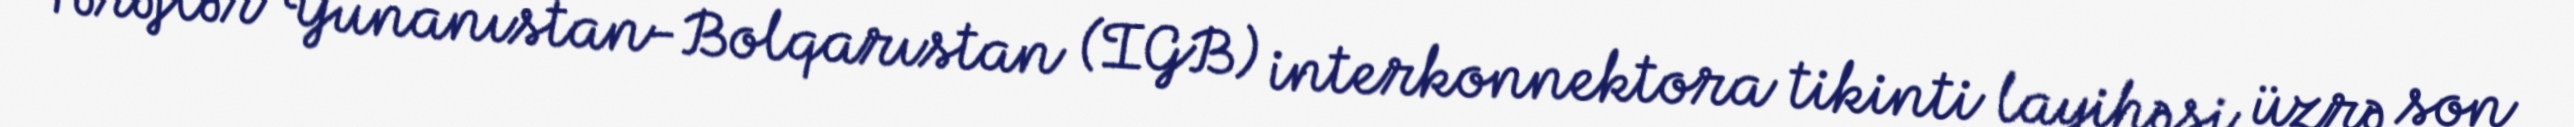
Tərəflər Yunanıstan-Bolqarıstan (IGB) interkonnektora tikinti layihəsi üzrə son